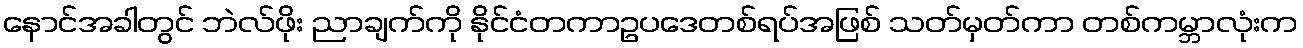
နောင်အခါတွင် ဘဲလ်ဖိုး ညာချက်ကို နိုင်ငံတကာဥပဒေတစ်ရပ်အဖြစ် သတ်မှတ်ကာ တစ်ကမ္ဘာလုံးက